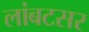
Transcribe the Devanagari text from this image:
लांबटसर